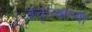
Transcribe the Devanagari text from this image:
वक्तृत्वाच्या